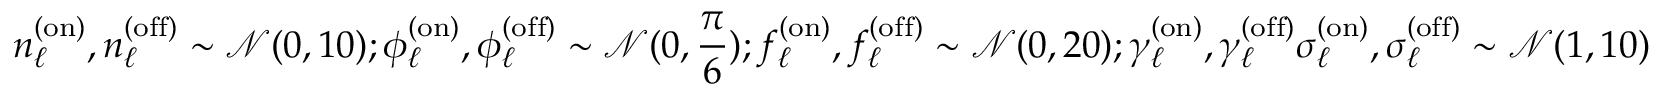
{ n _ { \ell } ^ { \mathrm { ( o n ) } } , n _ { \ell } ^ { \mathrm { ( o f f ) } } \sim \mathcal { N } ( 0 , 1 0 ) ; \phi _ { \ell } ^ { \mathrm { ( o n ) } } , \phi _ { \ell } ^ { \mathrm { ( o f f ) } } \sim \mathcal { N } ( 0 , \frac { \pi } { 6 } ) } ; \newline { { f _ { \ell } ^ { \mathrm { ( o n ) } } , f _ { \ell } ^ { \mathrm { ( o f f ) } } \sim \mathcal { N } ( 0 , 2 0 ) ; \gamma _ { \ell } ^ { \mathrm { ( o n ) } } , \gamma _ { \ell } ^ { \mathrm { ( o f f ) } } \sigma _ { \ell } ^ { \mathrm { ( o n ) } } , \sigma _ { \ell } ^ { \mathrm { ( o f f ) } } \sim \mathcal { N } ( 1 , 1 0 ) } }